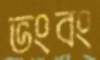
ভংবং